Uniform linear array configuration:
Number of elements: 48
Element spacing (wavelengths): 0.25
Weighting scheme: kaiser
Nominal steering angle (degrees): -15
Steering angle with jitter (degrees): -15.296
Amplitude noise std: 0.05
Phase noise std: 0.05

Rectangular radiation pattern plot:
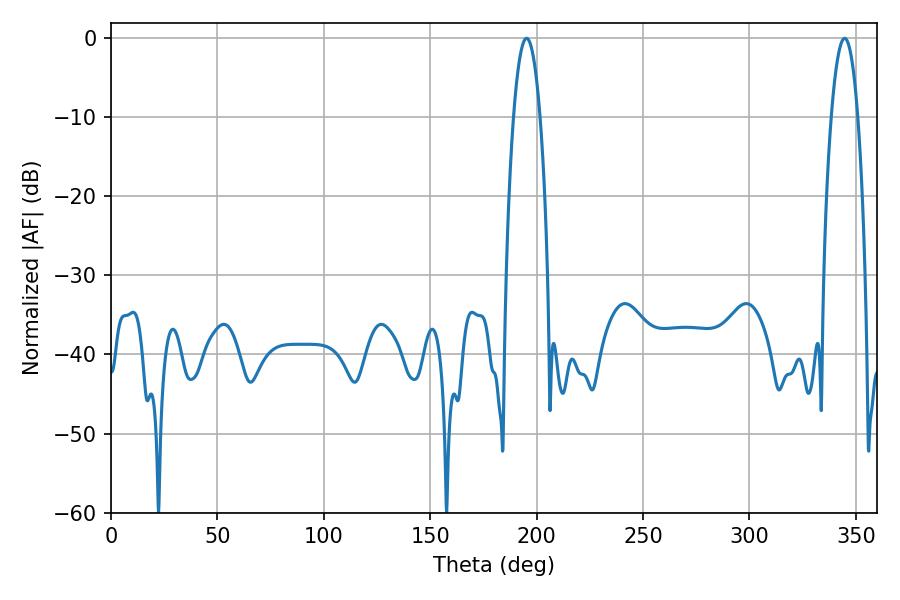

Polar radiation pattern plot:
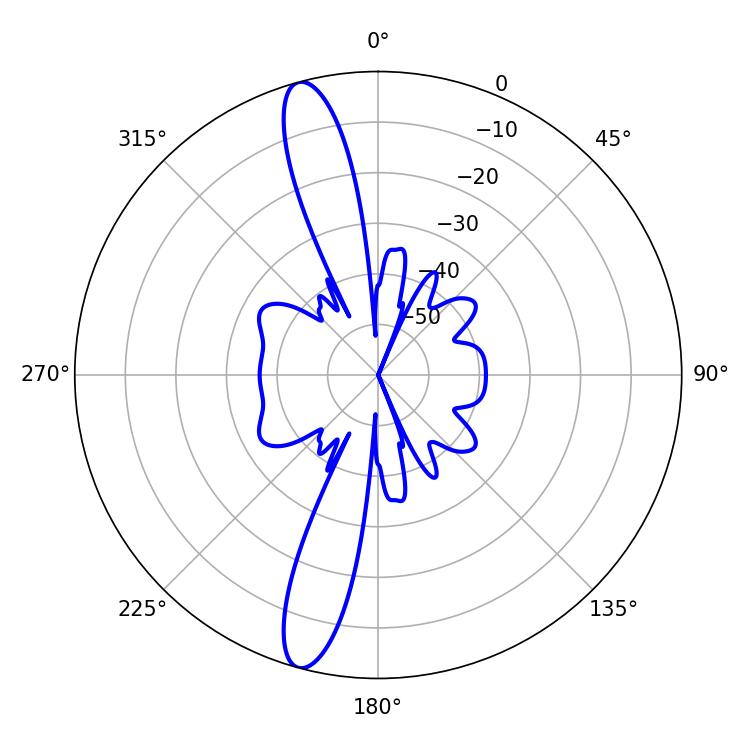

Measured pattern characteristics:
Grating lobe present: FALSE
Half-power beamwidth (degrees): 6.84
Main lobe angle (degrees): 344.7